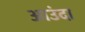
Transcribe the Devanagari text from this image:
आउंदा